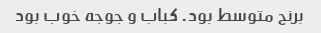
برنج متوسط بود. کباب و جوجه خوب بود